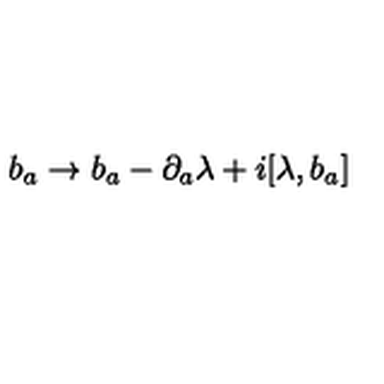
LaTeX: b _ { a } \rightarrow b _ { a } - \partial _ { a } \lambda + i [ \lambda , b _ { a } ]